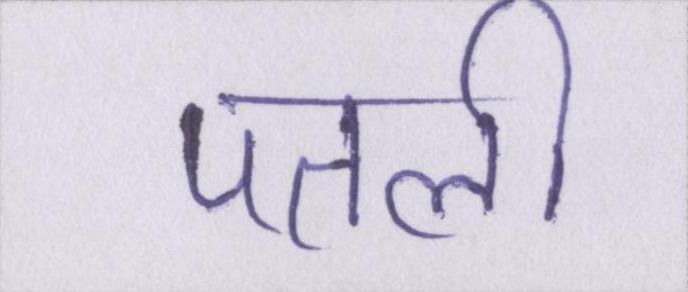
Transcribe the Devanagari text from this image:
पतली